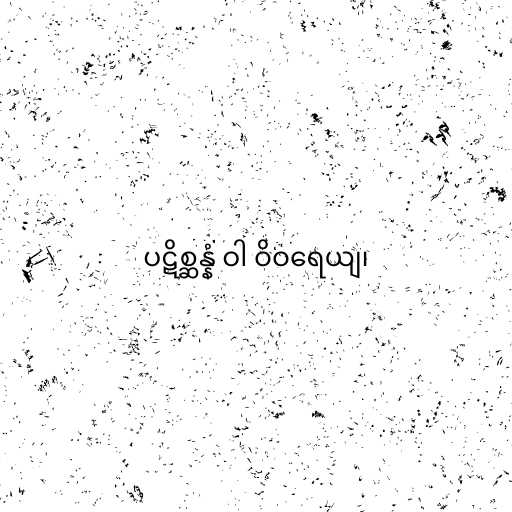
ပဋိစ္ဆန္နံ ဝါ ဝိဝရေယျ၊